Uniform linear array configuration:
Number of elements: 16
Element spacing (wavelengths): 0.25
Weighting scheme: hamming
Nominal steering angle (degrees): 45
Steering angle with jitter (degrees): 43.269
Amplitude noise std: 0.05
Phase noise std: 0.05

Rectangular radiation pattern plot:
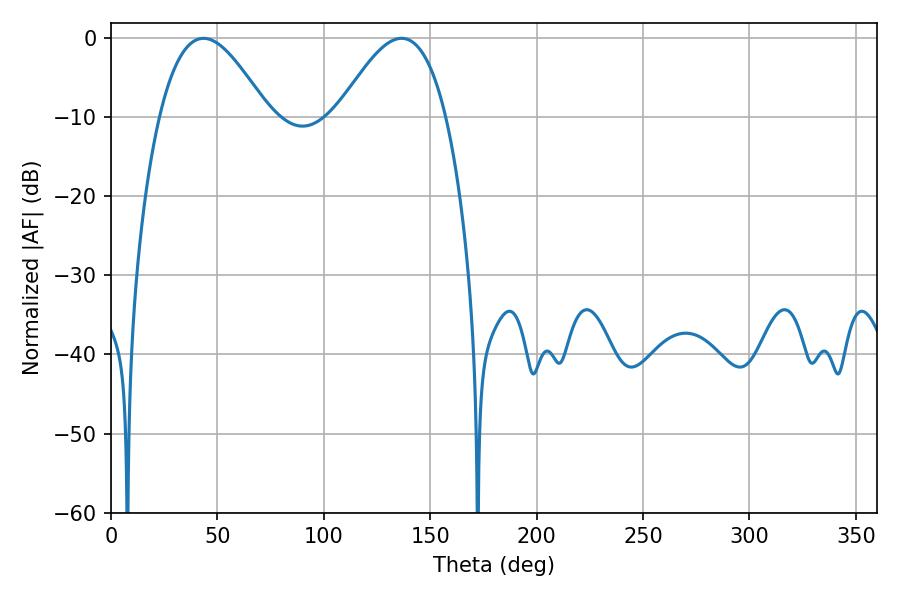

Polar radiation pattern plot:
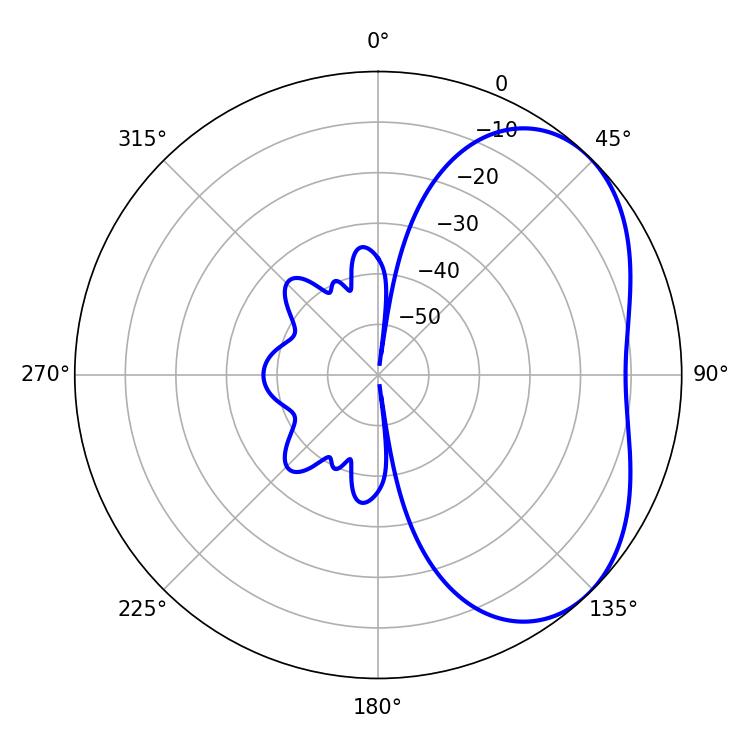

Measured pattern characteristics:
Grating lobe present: FALSE
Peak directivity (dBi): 4.099
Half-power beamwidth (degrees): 27.54
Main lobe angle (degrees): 43.38